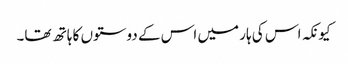
کیونکہ اس کی ہار میں اس کے دوستوں کا ہاتھ تھا۔